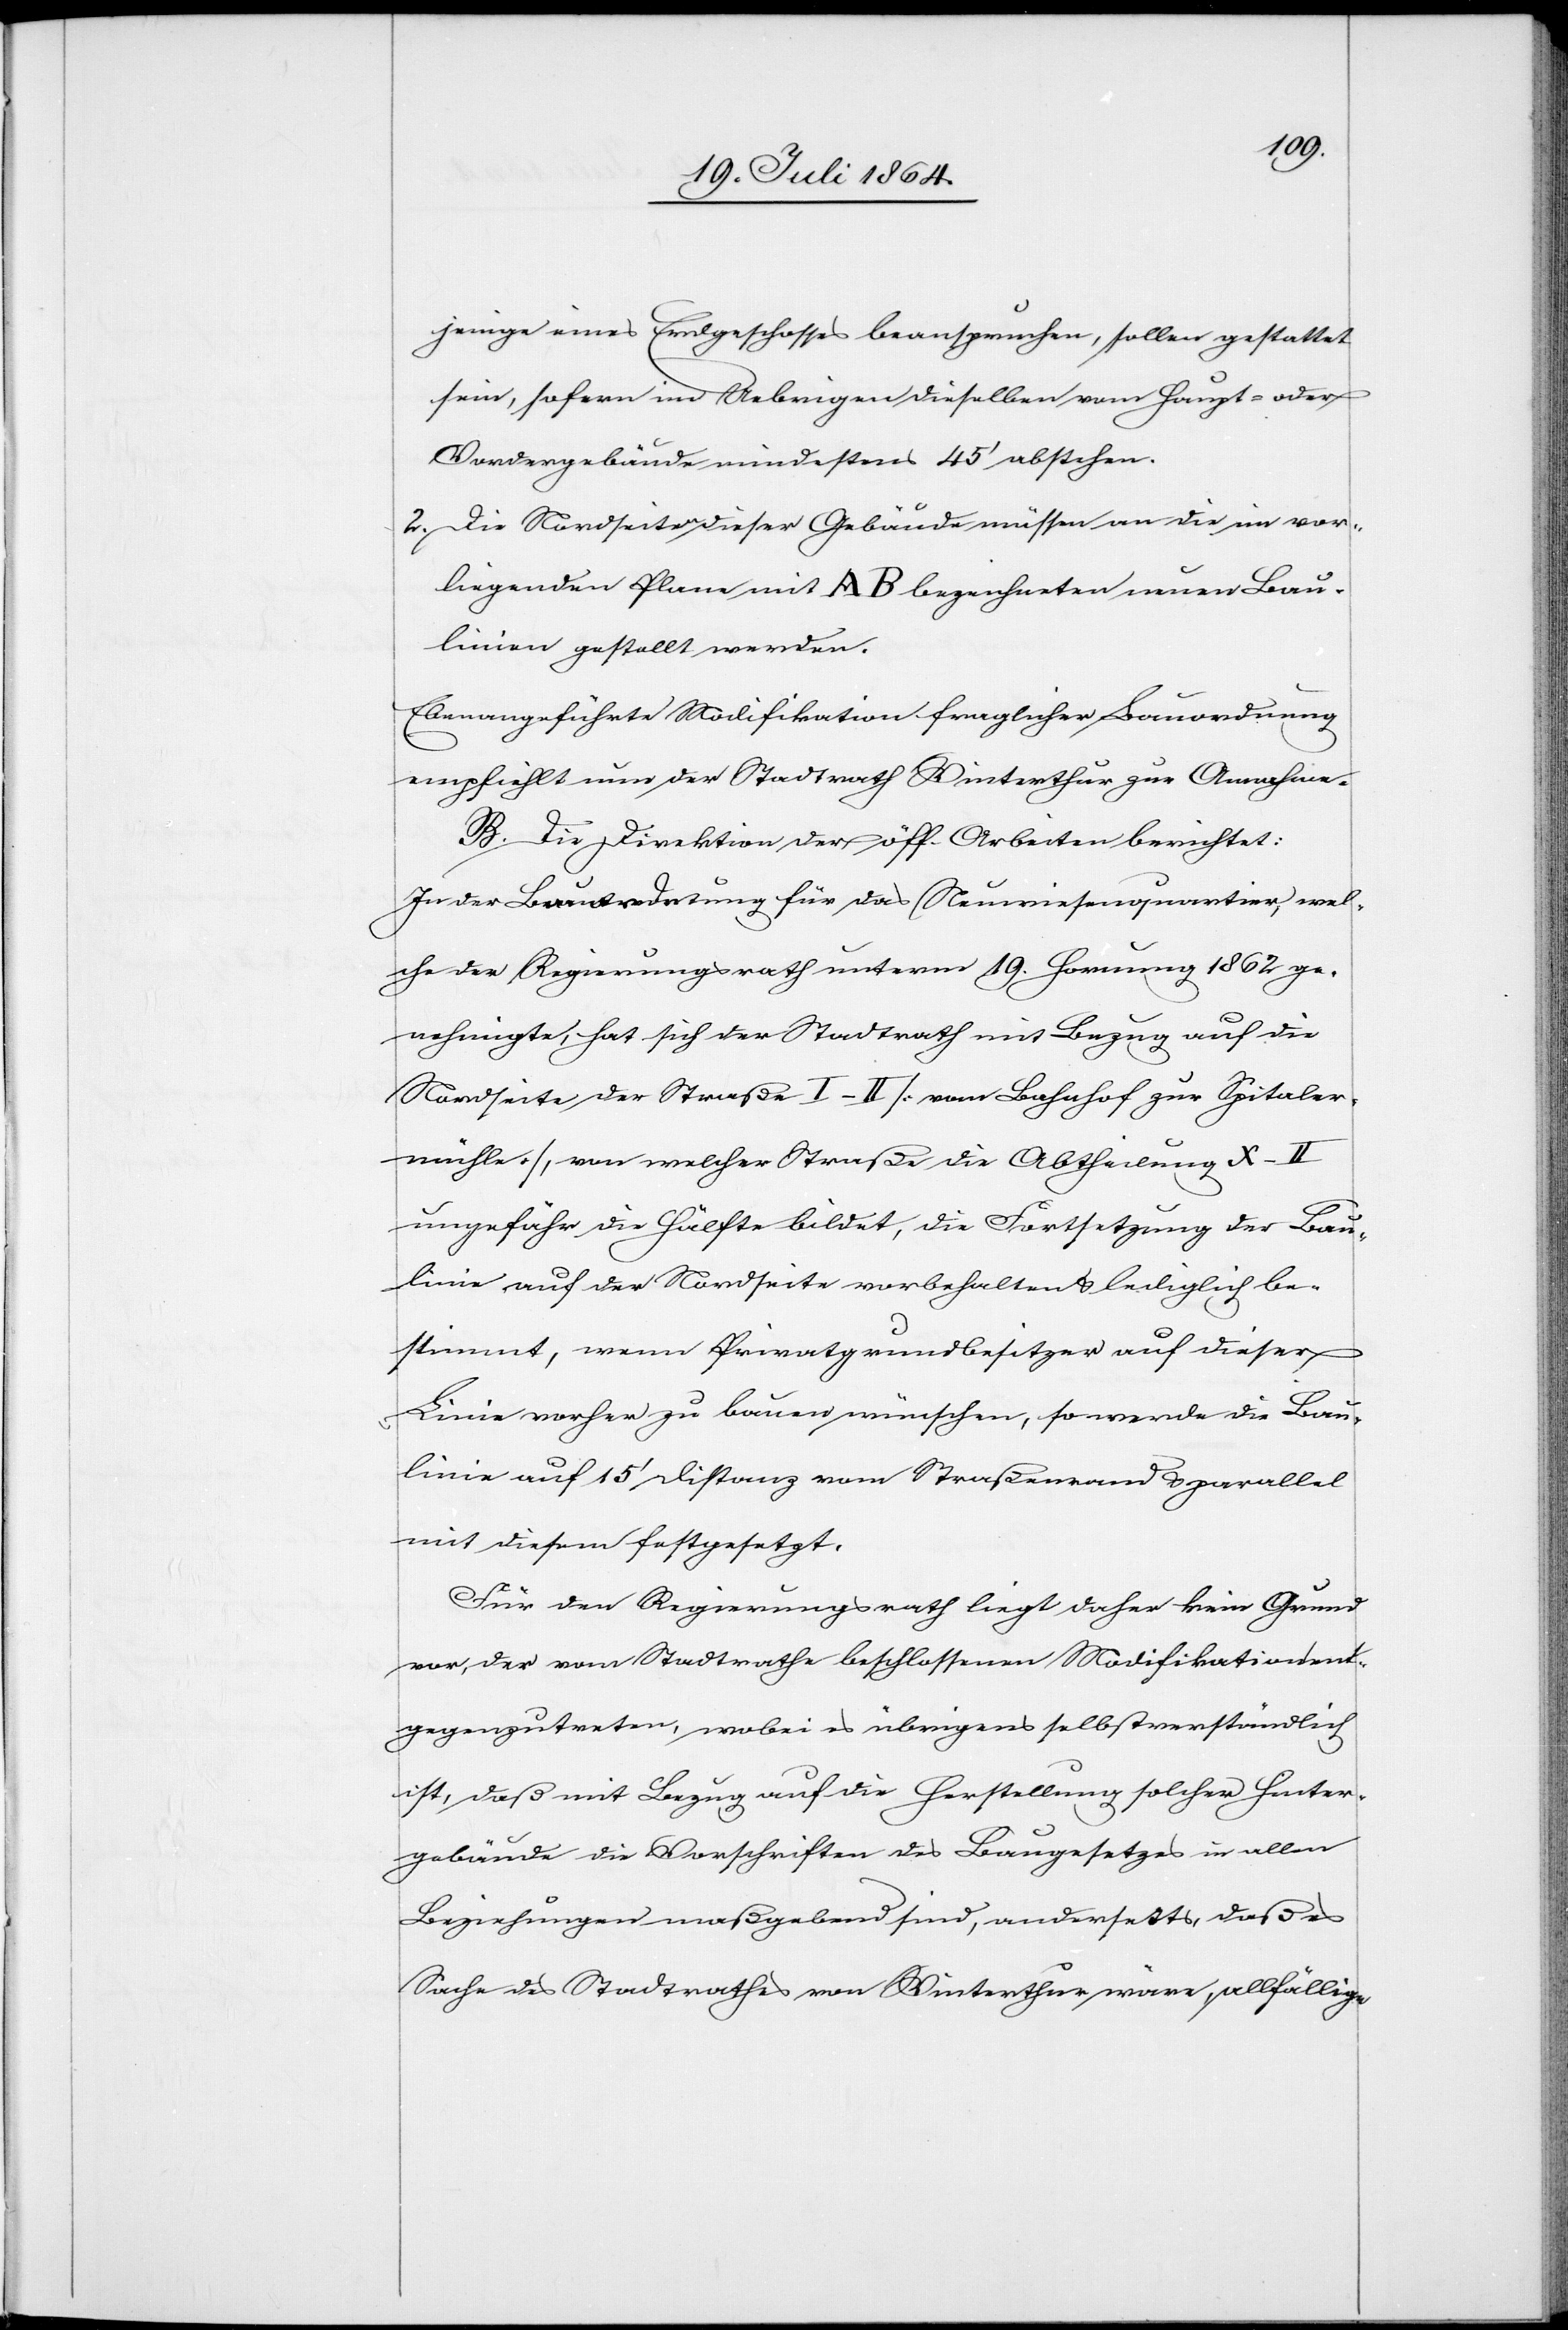
jenige eines Erdgeschosses beanspruchen, sollen gestattet
sein, sofern im Uebrigen dieselben vom Haupt- oder
Vordergebäude mindestens 45’ abstehen.
2. Die Nordseiten dieser Gebäude müssen an die im vor¬
liegenden Plane mit AB bezeichneten neuen Bau¬
linien gestellt werden.
Ebenangeführte Modifikation fraglicher Bauordnung
empfiehlt nun der Stadtrath Winterthur zur Annahme.
B. Die Direktion der öff. Arbeiten berichtet:
In der Bauordnung für das Neuwiesenquartier, wel¬
che der Regierungsrath unterm 19. Hornung 1862 ge¬
nehmigte, hat sich der Stadtrath mit Bezug auf die
Nordseite der Straße I-II [vom Bahnhof zur Spitaler¬
mühle], von welcher Straße die Abtheilung X-II
ungefähr die Hälfte bildet, die Fortsetzung der Bau¬
linie auf der Nordseite vorbehalten u. lediglich be¬
stimmt, wenn Privatgrundbesitzer auf dieser
Linie vorher zu bauen wünschen, so werde die Bau¬
linie auf 15’ Distanz vom Straßenrand u. parallel
mit diesem festgesetzt.
Für den Regierungsrath liegt daher kein Grund
vor, der vom Stadtrathe beschlossenen Modifikation ent¬
gegenzutreten, wobei es übrigens selbstverständlich
ist, daß mit Bezug auf die Herstellung solcher Hinter¬
gebäude die Vorschriften des Baugesetzes in allen
Beziehungen maßgebend sind, anderseits, daß es
Sache des Stadtrathes von Winterthur wäre, allfällige